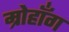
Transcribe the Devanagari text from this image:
म्रोहाँग